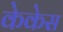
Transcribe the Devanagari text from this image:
केकेस